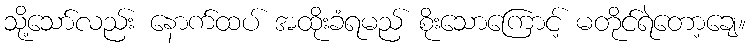
သို့သော်လည်း နောက်ထပ် အထိုးခံရမည် စိုးသောကြောင့် မတိုင်ရဲတော့ချေ။